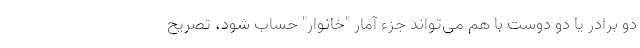
دو برادر یا دو دوست با هم می‌تواند جزء آمار "خانوار" حساب شود، تصریح